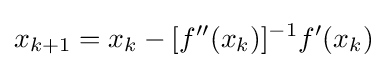
x_{k+1}=x_{k}-[f''(x_{k})]^{-1}f'(x_{k})